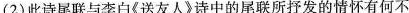
(2)此诗尾联与李白《送友人》诗中的尾联所抒发的情怀有何不